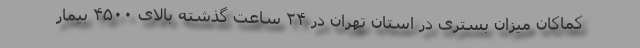
کماکان میزان بستری در استان تهران در ۲۴ ساعت گذشته بالای ۴۵۰۰ بیمار